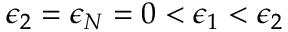
\epsilon _ { 2 } = \epsilon _ { N } = 0 < \epsilon _ { 1 } < \epsilon _ { 2 }